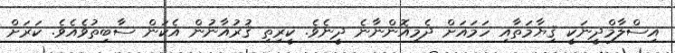
އިސްލާމްދީނަކީ ޤިޔާމަތާއި ހަމައަށް ދެމިއޮންނާނެ ދީނެވެ. ކީރިތި ޤުރުއާނުން އެކަން ސާބިތުވެއެވެ. ކަރަށް